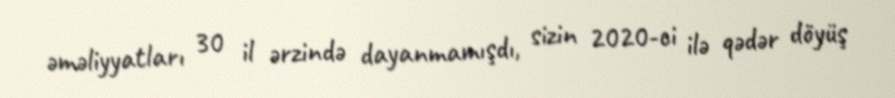
əməliyyatları 30 il ərzində dayanmamışdı, sizin 2020-ci ilə qədər döyüş